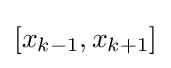
[x_{k-1},x_{k+1}]